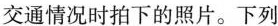
交通情况时拍下的照片。下列